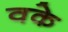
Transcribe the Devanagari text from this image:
वके